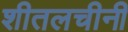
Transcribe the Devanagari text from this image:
शीतलचीनी